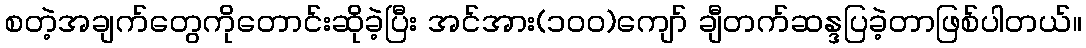
စတဲ့အချက်တွေကိုတောင်းဆိုခဲ့ပြီး အင်အား(၁၀ဝ)ကျော် ချီတက်ဆန္ဒပြခဲ့တာဖြစ်ပါတယ်။